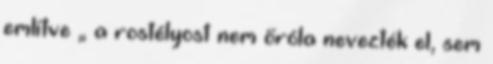
említve „ a rostélyost nem őróla nevezték el, sem